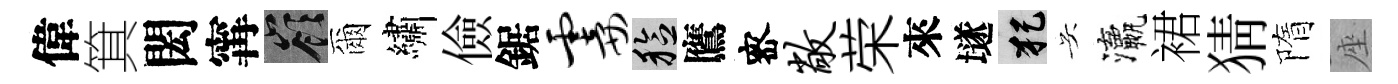
偉箕閎𡩋嶺爾繡儉鋸霎稔鷹宻敞荣來𡑞犯吴瀛裙猜隋座